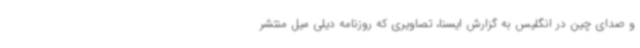
و صدای چین در انگلیس به گزارش ایسنا، تصاویری که روزنامه دیلی میل منتشر